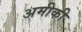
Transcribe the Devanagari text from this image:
अमीकी